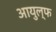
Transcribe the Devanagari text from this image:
आयुल्फ